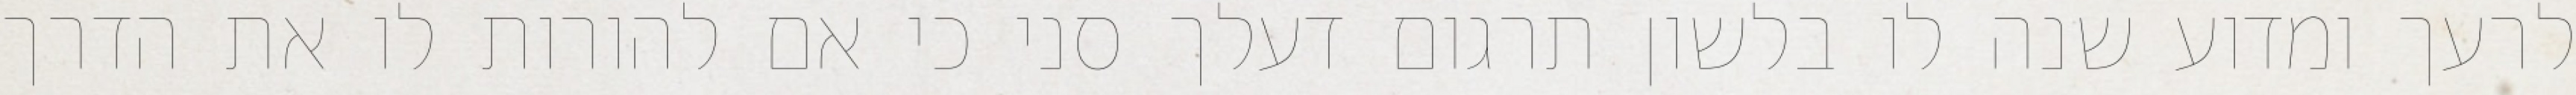
לרעך ומדוע שנה לו בלשון תרגום דעלך סני כי אם להורות לו את הדרך